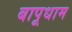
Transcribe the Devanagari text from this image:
बापूधाम